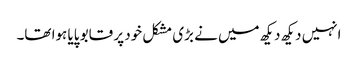
انہیں دیکھ دیکھ میں نے بڑی مشکل خود پر قابو پایا ہوا تھا۔